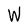
Character: W